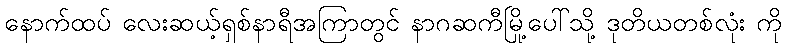
နောက်ထပ် လေးဆယ့်ရှစ်နာရီအကြာတွင် နာဂဆကီမြို့ပေါ်သို့ ဒုတိယတစ်လုံး ကို